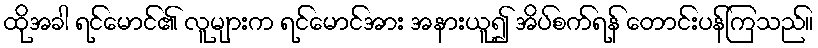
ထိုအခါ ရင်မောင်၏ လူများက ရင်မောင်အား အနားယူ၍ အိပ်စက်ရန် တောင်းပန်ကြသည်။